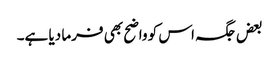
بعض جگہ اس کو واضح بھی فرما دیا ہے۔